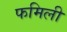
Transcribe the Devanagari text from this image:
फमिली